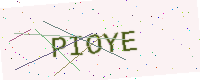
Text: PIOYE